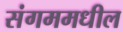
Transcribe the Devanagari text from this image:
संगममधील